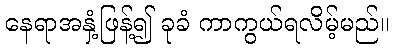
နေရာအနှံ့ဖြန့်၍ ခုခံ ကာကွယ်ရလိမ့်မည်။